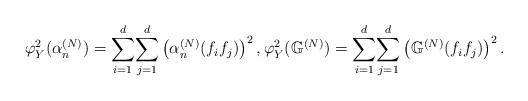
LaTeX: \begin{align*}\varphi_{Y}^{2}(\alpha_{n}^{(N)})={\displaystyle\sum\limits_{i=1}^{d}}{\displaystyle\sum\limits_{j=1}^{d}}\left( \alpha_{n}^{(N)}(f_{i}f_{j})\right) ^{2}, \varphi_{Y}^{2}(\mathbb{G}^{(N)})={\displaystyle\sum\limits_{i=1}^{d}}{\displaystyle\sum\limits_{j=1}^{d}}\left( \mathbb{G}^{(N)}(f_{i}f_{j})\right) ^{2}.\end{align*}